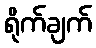
ရိုက်ချက်